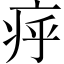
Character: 𤵡